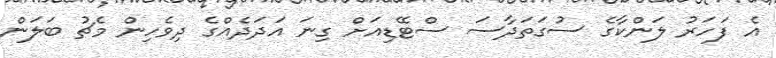
އެ ފަހަރު ލަންކާގެ ސުގަތަދާސަ ސްޓޭޑިއަށް ގިނަ އަދަދެއްގެ ދިވެހިން މެޗު ބަލަން